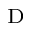
_ \mathrm { D }